Vaccination in the Punjab 1867-1880 - 1867-1880
Year: 1867
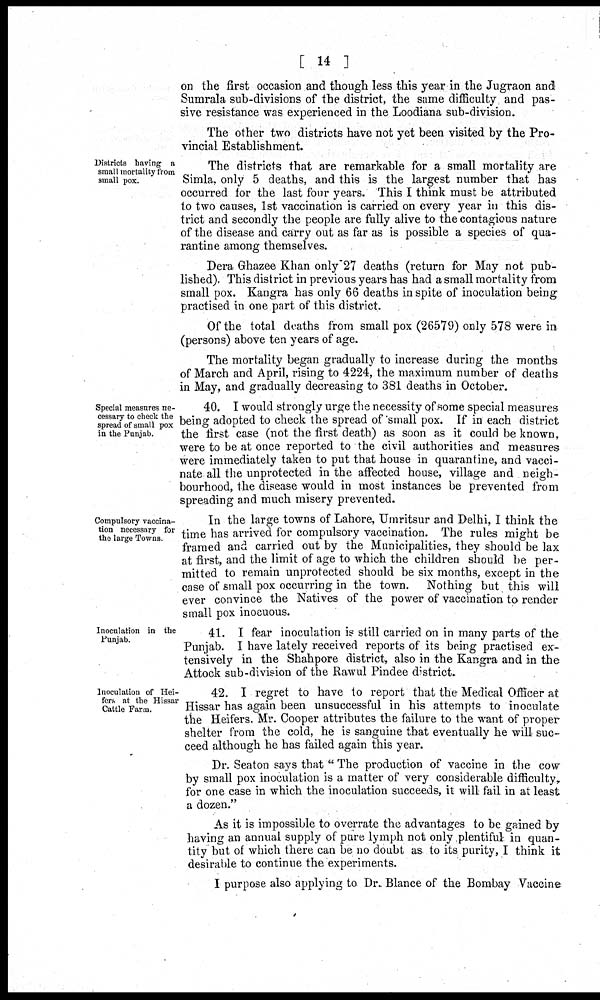
on the first occasion and though less this year in the Jugraon and
Sumrala sub-divisions of the district, the same difficulty and pas-
sive resistance was experienced in the Loodiana sub-division.
The other two districts have not yet been visited by the Pro-
vincial Establishment.
Districts having a
small mortality from
small pox.
The districts that are remarkable for a small mortality are
Simla, only 5 deaths, and this is the largest number that has
occurred for the last four years. This I think must be attributed
to two causes, 1st vaccination is carried on every year in this dis-
trict and secondly the people are fully alive to the contagious nature
of the disease and carry out as far as is possible a species of qua-
rantine among themselves.
Dera Ghazee Khan only 27 deaths (return for May not pub-
lished) This district in previous years has had a small mortality from
small pox. Kangra has only 66 deaths in spite of inoculation being
practised in one part of this district.
Of the total deaths from small pox (26579) only 578 were in
(persons) above ten years of age.
The mortality began gradually to increase during the months
of March and April, rising to 4224, the maximum number of deaths
in May, and gradually decreasing to 381 deaths in October.
Special measures ne-
cessary to check the
spread of small pox
in the Punjab.
40. I would strongly urge the necessity of some special measures
being adopted to check the spread of small pox. If in each district
the first case (not the first death) as soon as it could be known,
were to be at once reported to the civil authorities and measures
were immediately taken to put that house in quarantine, and vacci-
nate all the unprotected in the affected house, village and neigh-
bourhood, the disease would in most instances be prevented from
spreading and much misery prevented.
Compulsory vaccina-
tion necessary for
the large Towns.
In the large towns of Lahore, Umritsur and Delhi, I think the
time has arrived for compulsory vaccination. The rules might be
framed and carried out by the Municipalities, they should be lax
at first, and the limit of age to which the children should be per-
mitted to remain unprotected should be six months, except in the
case of small pox occurring in the town. Nothing but this will
ever convince the Natives of the power of vaccination to render
small pox inocuous.
Inoculation in the
Punjab.
41. I fear inoculation is still carried on in many parts of the
Punjab. I have lately received reports of its being practised ex-
tensively in the Shahpore district, also in the Kangra and in the
Attock sub-division of the Rawul Pindee district.
Inoculation of Hei-
fers at the Hissar
Cattle Farm.
42. I regret to have to report that the Medical Officer at
Hissar has again been unsuccessful in his attempts to inoculate
the Heifers. Mr. Cooper attributes the failure to the want of proper
shelter from the cold, he is sanguine that eventually he will suc-
ceed although he has failed again this year.
Dr. Seaton says that "The production of vaccine in the cow
by small pox inoculation is a matter of very considerable difficulty,
for one case in which the inoculation succeeds, it will fail in at least
a dozen."
As it is impossible to overrate the advantages to be gained by
having an annual supply of pure lymph not only plentiful in quan-
tity but of which there can be no doubt as to its purity, I think it
desirable to continue the experiments.
I purpose also applying to Dr. Blance of the Bombay Vaccine